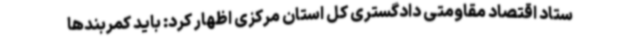
ستاد اقتصاد مقاومتی دادگستری کل استان مرکزی اظهار کرد: باید کمربندها